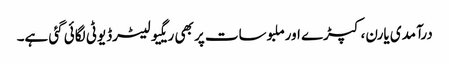
درآمدی یارن، کپڑے اورملبوسات پر بھی ریگیولیٹرڈیوٹی لگائی گئی ہے۔